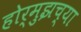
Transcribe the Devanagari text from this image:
होर्मुझच्या